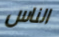
الناس